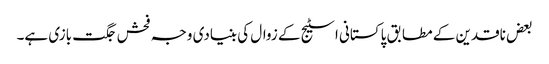
بعض ناقدین کے مطابق پاکستانی اسٹیج کے زوال کی بنیادی وجہ فحش جگت بازی ہے۔